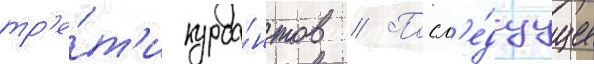
тр'е́т'и курса́нтов // Посл'е́дуущее